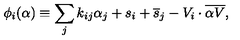
\phi _ { i } ( \alpha ) \equiv \sum _ { j } k _ { i j } \alpha _ { j } + s _ { i } + { \overline { s } } _ { j } - V _ { i } \cdot { \overline { { \alpha V } } } ,